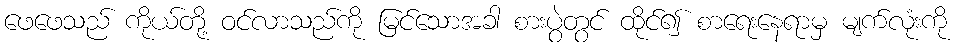
ဖေဖေသည် ကိုယ်တို့ ဝင်လာသည်ကို မြင်သောအခါ စားပွဲတွင် ထိုင်၍ စာရေးနေရာမှ မျက်လုံးကို